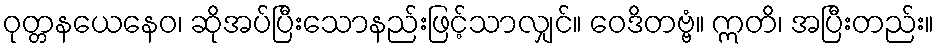
ဝုတ္တနယေနေဝ၊ ဆိုအပ်ပြီးသောနည်းဖြင့်သာလျှင်။ ဝေဒိတဗ္ဗံ။ ဣတိ၊ အပြီးတည်း။